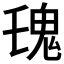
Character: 𩱾